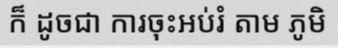
ក៏ ដូចជា ការចុះអប់រំ តាម ភូមិ